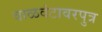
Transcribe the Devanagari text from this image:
वाळवंटावरपुत्र